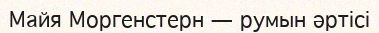
Майя Моргенстерн — румын әртісі